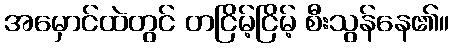
အမှောင်ထဲတွင် တငြိမ့်ငြိမ့် စီးသွန်နေ၏။